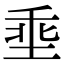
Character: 埀